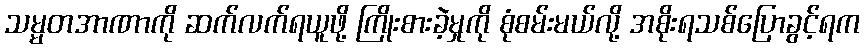
သမ္မတအာဏာကို ဆက်လက်ရယူဖို့ ကြိုးစားခဲ့မှုကို စုံစမ်းမယ်လို့ အစိုးရသစ်ပြောခွင့်ရက